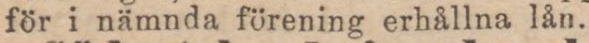
för i nämnda förening erhållna lån.